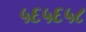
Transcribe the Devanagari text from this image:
५६५६५८